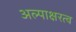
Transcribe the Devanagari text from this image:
अल्पाक्षरत्व